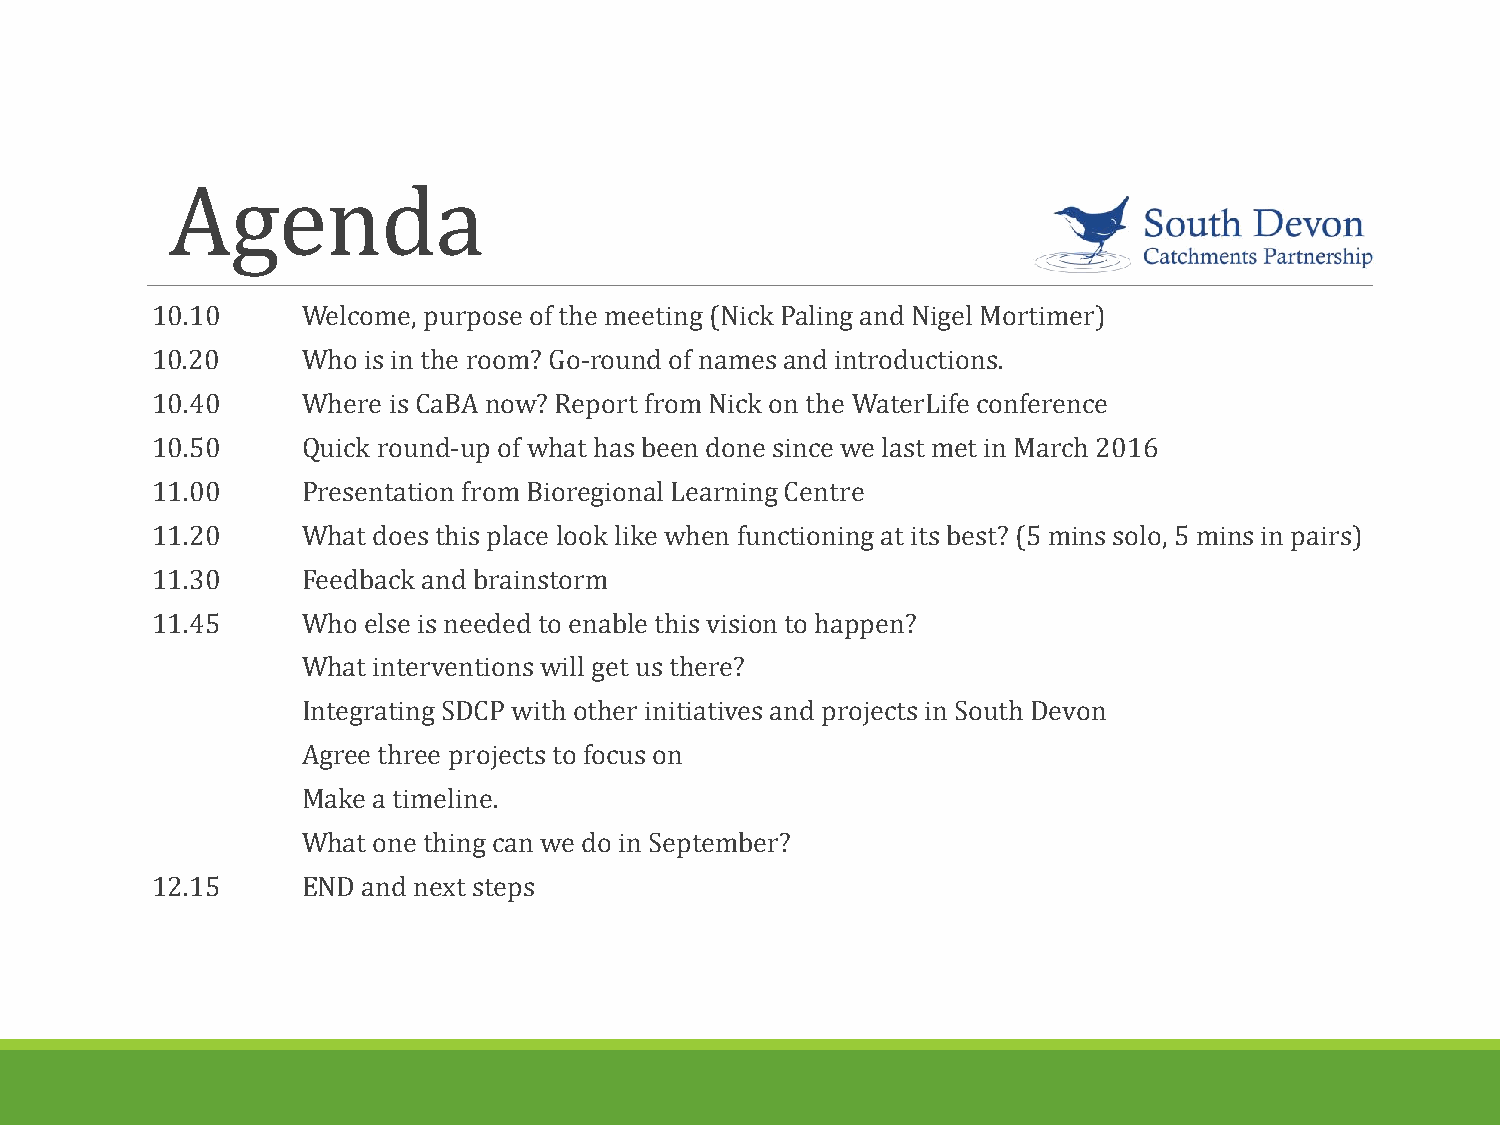
Agenda
 10.10     Welcome, purpose of the meeting (Nick Paling and Nigel Mortimer)
 10.20     Who is in the room? Go-round of names and introductions.
 10.40     Where is CaBAnow? Report from Nick on the WaterLife conference
 10.50     Quick round-up of what has been done since we last met in March 2016
 11.00     Presentation from Bioregional Learning Centre
 11.20     What does this place look like when functioning at its best? (5 mins solo, 5 mins in pairs)
 11.30     Feedback and brainstorm
 11.45     Who else is needed to enable this vision to happen?
 What interventions will get us there?
 Integrating SDCP with other initiatives and projects in South Devon
 Agree three projects to focus on
 Make a timeline.
 What one thing can we do in September?
 12.15     END and next steps